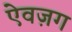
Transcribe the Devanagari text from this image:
ऐवज़ग